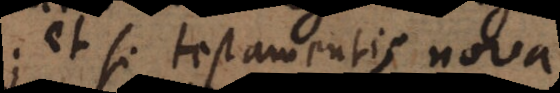
; et si testamentis nova